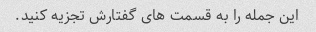
این جمله را به قسمت های گفتارش تجزیه کنید.